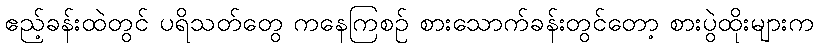
ဧည့်ခန်းထဲတွင် ပရိသတ်တွေ ကနေကြစဉ် စားသောက်ခန်းတွင်တော့ စားပွဲထိုးများက